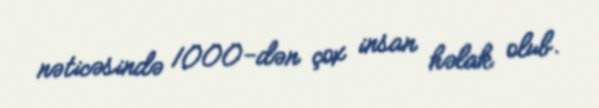
nəticəsində 1000-dən çox insan həlak olub.